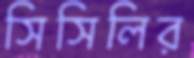
সিসিলির